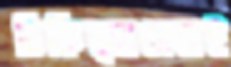
চিকিত্সাসেবাই